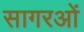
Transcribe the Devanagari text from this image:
सागरओं